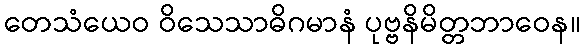
တေသံယေဝ ဝိသေသာဓိဂမာနံ ပုဗ္ဗနိမိတ္တဘာဝေန။